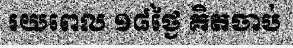
រយពេល ១៨ថ្ងៃ គិតចាប់